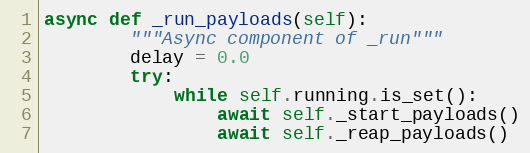
Language: Python
async def _run_payloads(self):
        """Async component of _run"""
        delay = 0.0
        try:
            while self.running.is_set():
                await self._start_payloads()
                await self._reap_payloads()